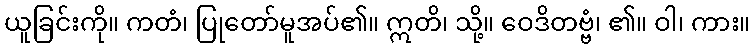
ယူခြင်းကို။ ကတံ၊ ပြုတော်မူအပ်၏။ ဣတိ၊ သို့။ ဝေဒိတဗ္ဗံ၊ ၏။ ဝါ၊ ကား။